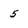
Character: 5